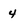
Character: 4